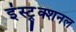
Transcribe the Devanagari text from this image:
इंस्ट्र्क्शनल